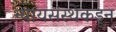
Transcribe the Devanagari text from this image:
न्यायसंस्थेकडून